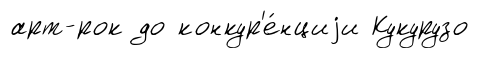
арт-рок до конкур'е́нциjи Кукурузо